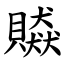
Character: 贆